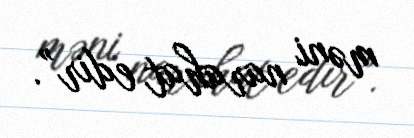
məni narahat edir”.